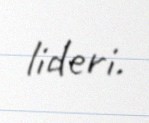
lideri.